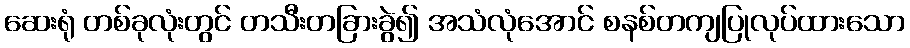
ဆေးရုံ တစ်ခုလုံးတွင် တသီးတခြားခွဲ၍ အသံလုံအောင် စနစ်တကျပြုလုပ်ထားသော